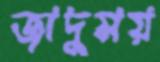
জাদুময়